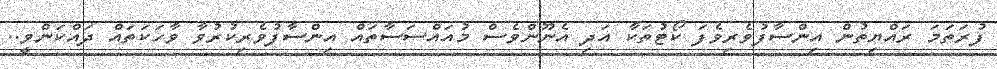
ފުރަތަމަ ރައްޔިތުން އިންސާފުވެރިވެފަ ކޯޓުތަކާ އަދި އެނޫންވެސް މުއައްސަސާތައް އިންސާފުވެރިކުރުވާ ވާހަކަތައް ދައްކަންވީ..